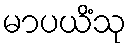
မာပယိံသု